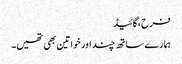
فرح،گائیڈ
ہمارے ساتھ چند اور خواتین بھی تھیں۔